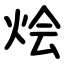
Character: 烩